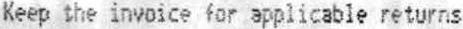
KEEP THE INVOICE FOR APPLICABLE RETURNS